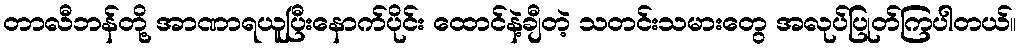
တာလီဘန်တို့ အာဏာရယူပြီးနောက်ပိုင်း ထောင်နဲ့ချီတဲ့ သတင်းသမားတွေ အလုပ်ပြုတ်ကြပါတယ်။